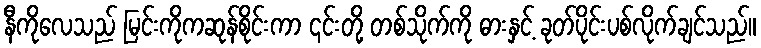
နီကိုလေသည် မြင်းကိုကဆုန်စိုင်းကာ ၎င်းတို့ တစ်သိုက်ကို ဓားနှင့် ခုတ်ပိုင်းပစ်လိုက်ချင်သည်။